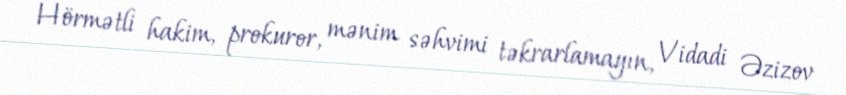
Hörmətli hakim, prokuror, mənim səhvimi təkrarlamayın, Vidadi Əzizov